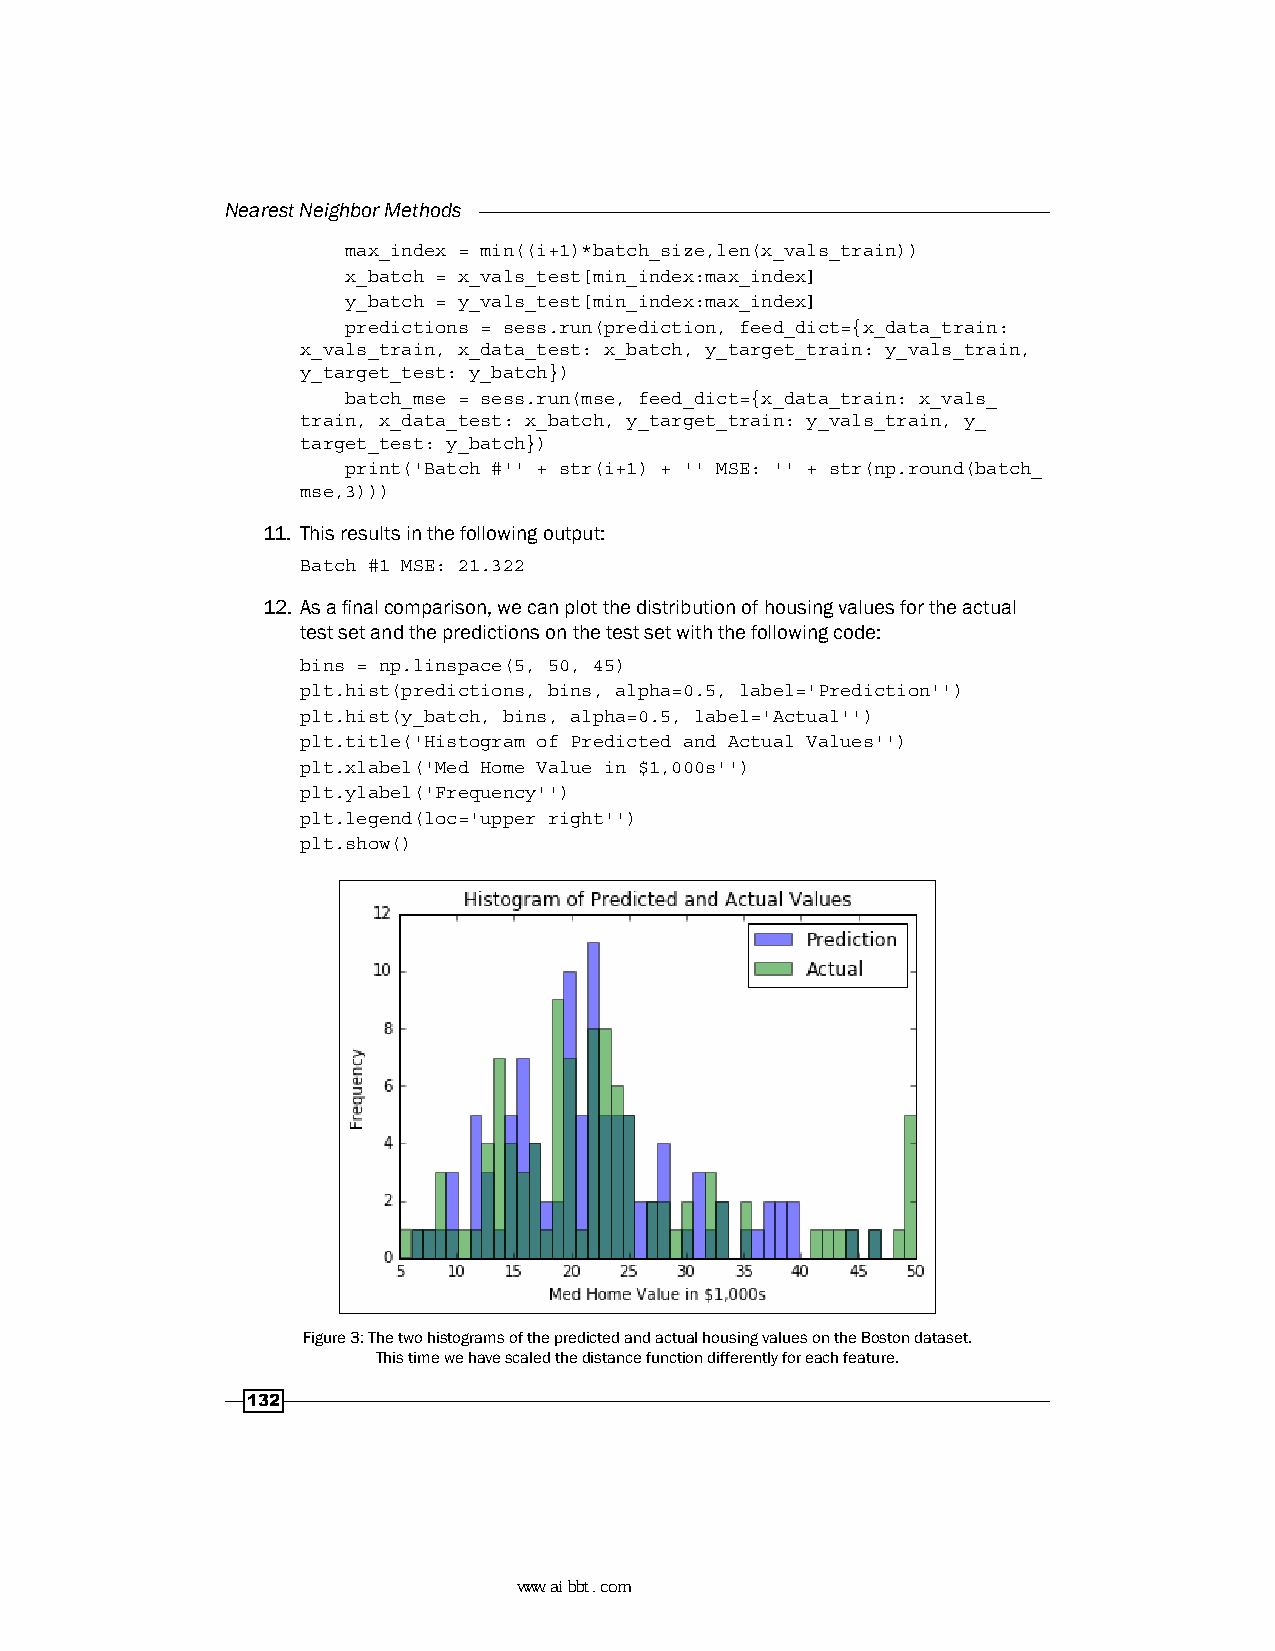
Nearest Neighbor Methods
 max_index = min((i+1)*batch_size,len(x_vals_train))
 x_batch = x_vals_test[min_index:max_index]
 y_batch = y_vals_test[min_index:max_index]
 predictions = sess.run(prediction, feed_dict={x_data_train:
 x_vals_train, x_data_test: x_batch, y_target_train: y_vals_train,
 y_target_test: y_batch})
 batch_mse = sess.run(mse, feed_dict={x_data_train: x_vals_
 train, x_data_test: x_batch, y_target_train: y_vals_train, y_
 target_test: y_batch})
 print('Batch #'' + str(i+1) + '' MSE: '' + str(np.round(batch_
 mse,3)))
 11. This results in the following output:
 Batch #1 MSE: 21.322
 12. As a final comparison, we can plot the distribution of housing values for the actual
 test set and the predictions on the test set with the following code:
 bins = np.linspace(5, 50, 45)
 plt.hist(predictions, bins, alpha=0.5, label='Prediction'')
 plt.hist(y_batch, bins, alpha=0.5, label='Actual'')
 plt.title('Histogram of Predicted and Actual Values'')
 plt.xlabel('Med Home Value in $1,000s'')
 plt.ylabel('Frequency'')
 plt.legend(loc='upper right'')
 plt.show()
 Figure 3: The two histograms of the predicted and actual housing values on the Boston dataset.
 This time we have scaled the distance function differently for each feature.
 132
 www.aibbt.com 让未来触手可及